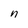
Character: n